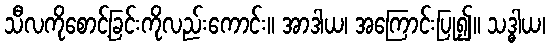
သီလကိုစောင့်ခြင်းကိုလည်းကောင်း။ အာဒါယ၊ အကြောင်းပြု၍။ သဒ္ဓါယ၊